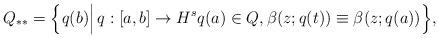
LaTeX: \begin{align*}Q_{**}= \Bigl\{ q(b) \Big|\, q:[a,b]\to H^s q(a)\in Q, \beta(z;q(t))\equiv \beta(z;q(a))\Bigr\},\end{align*}